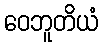
ဝေဘူတိယံ